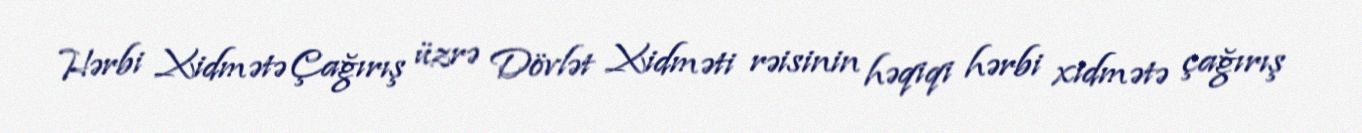
Hərbi Xidmətə Çağırış üzrə Dövlət Xidməti rəisinin həqiqi hərbi xidmətə çağırış